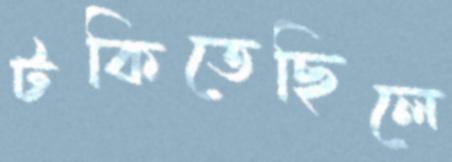
টকিতেছিলে